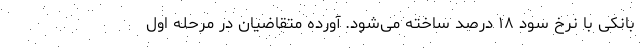
بانکی با نرخ سود ۱۸ درصد ساخته می‌شود. آورده متقاضیان در مرحله اول